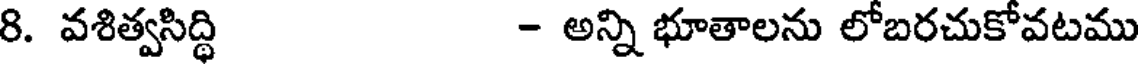
8. వశిత్వసిద్ధి - అన్ని భూతాలను లోబరచుకోవటము